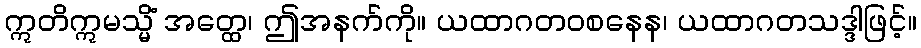
ဣတိဣမသ္မိံ အတ္ထေ၊ ဤအနက်ကို။ ယထာဂတဝစနေန၊ ယထာဂတသဒ္ဒါဖြင့်။